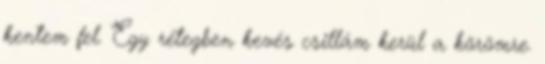
kentem fel. Egy rétegben kevés csillám kerül a körömre.